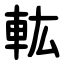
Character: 䡌